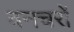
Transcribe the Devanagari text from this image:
वनचरों